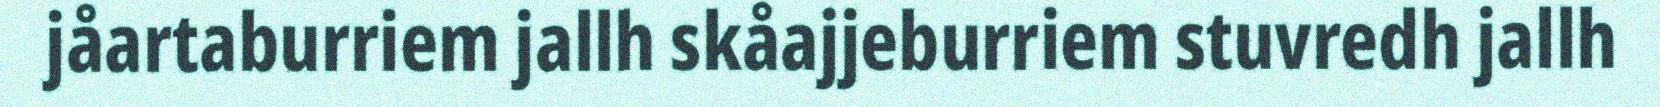
jåartaburriem jallh skåajjeburriem stuvredh jallh